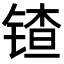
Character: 𬭠